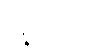
ဥဍ္ဍိတော